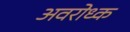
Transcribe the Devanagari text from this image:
अवरोध्क